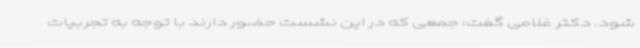
شود. دکتر غلامی گفت: جمعی که در این نشست حضور دارند با توجه به تجربیات